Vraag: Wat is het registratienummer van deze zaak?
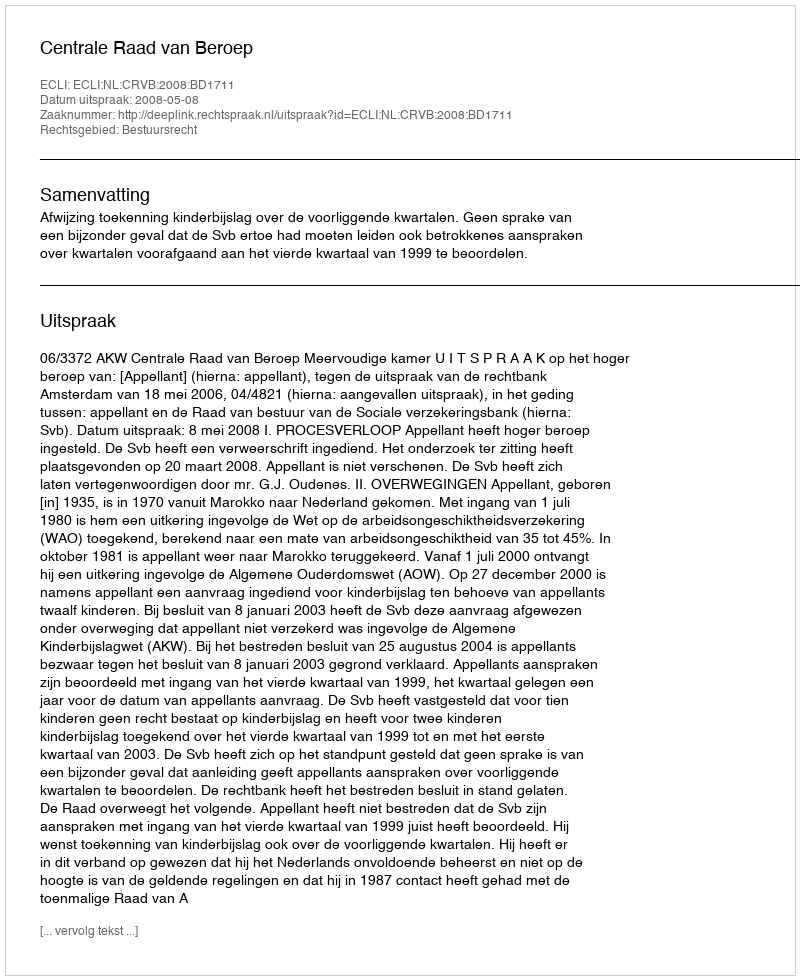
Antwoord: http://deeplink.rechtspraak.nl/uitspraak?id=ECLI:NL:CRVB:2008:BD1711